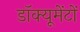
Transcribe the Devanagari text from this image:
डॉक्यूमेंटों